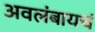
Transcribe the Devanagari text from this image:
अवलंबायचं